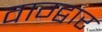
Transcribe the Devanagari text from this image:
वाग्द्वार